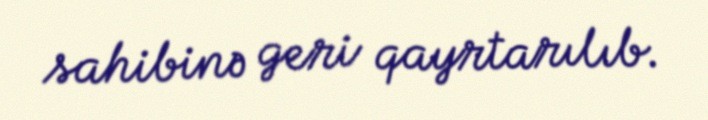
sahibinə geri qayrtarılıb.